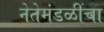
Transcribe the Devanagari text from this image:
नेतेमंडळींचा